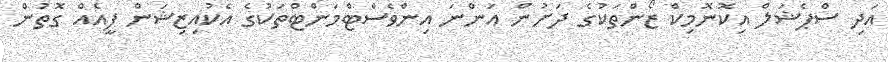
އަދި ސްޕެޝަލް އިކޮނޮމިކް ޒޯންތަކުގެ ދަށުން އަންނަ އިންވެސްޓްމަންޓްތަކުގެ އެކުއިޒިޝަން ފީއެއް ގޮތުން